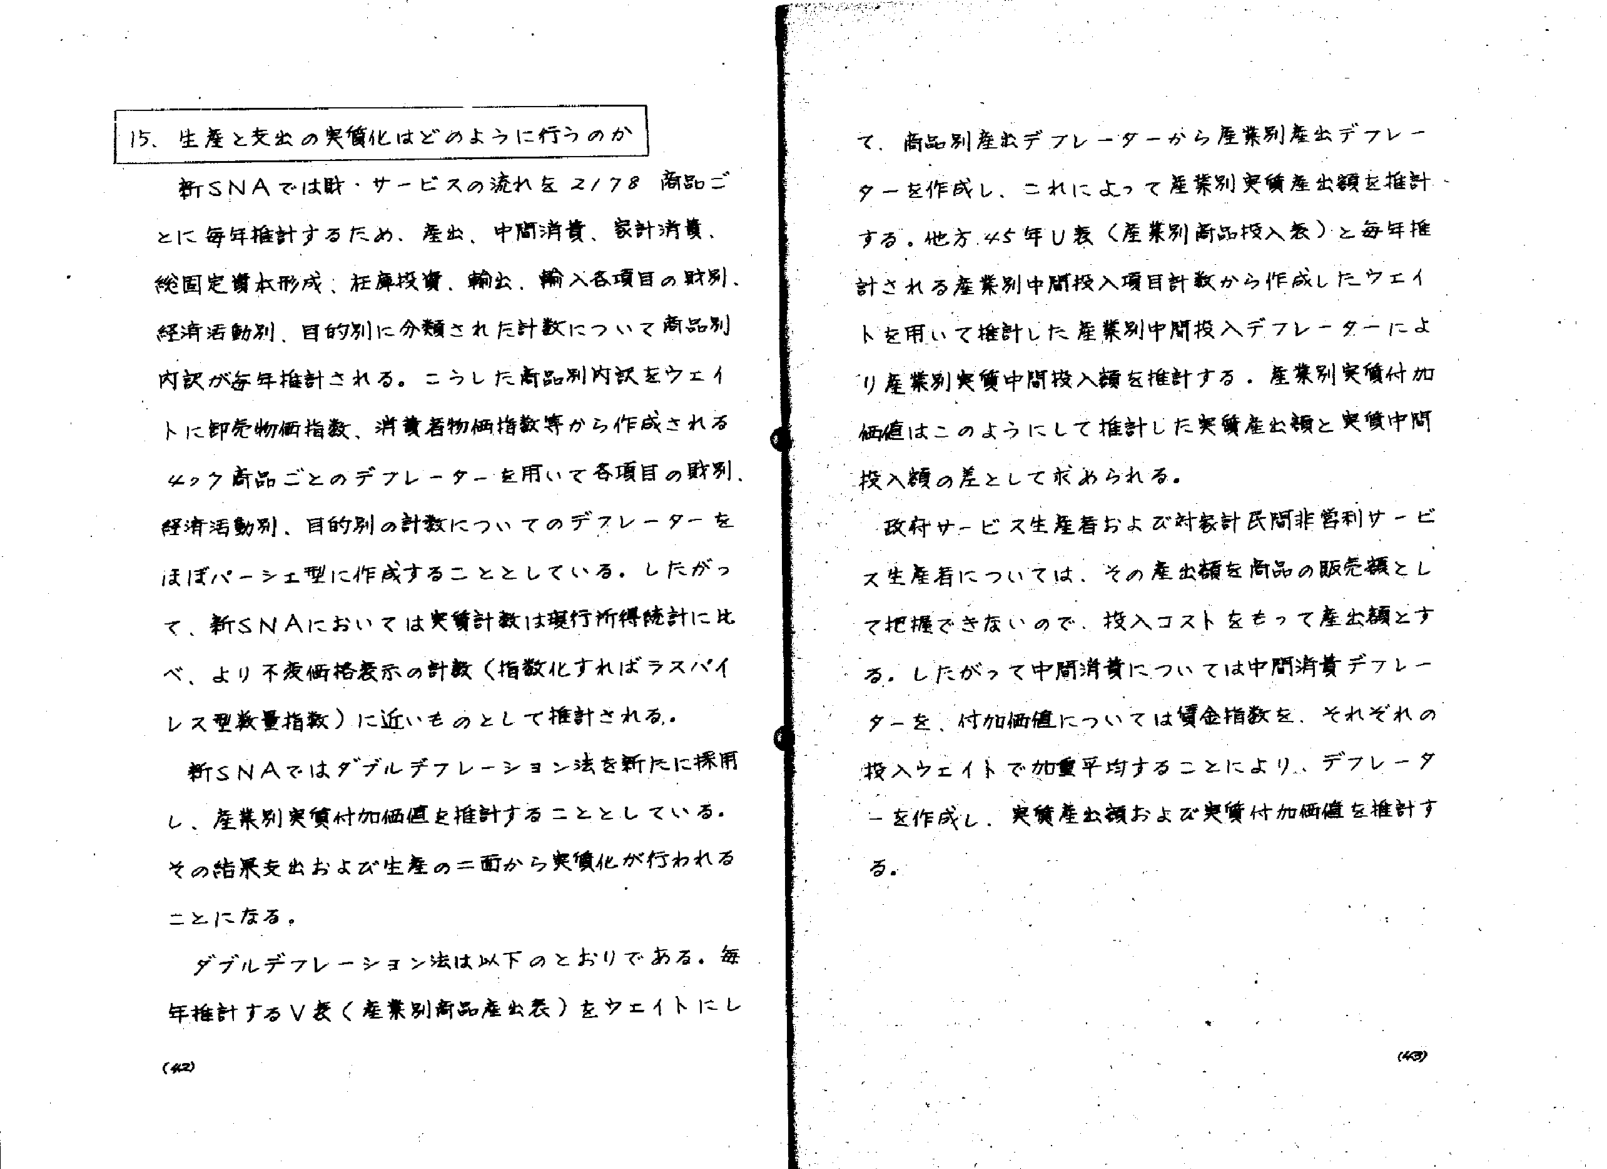
15. 生産と支出の実質化はどのように行うのか

新SNAでは財・サービスの流れを2178商品ごとに毎年推計するため、産出、中間消費、家計消費、総固定資本形成、在庫投資、輸出、輸入各項目の財別、経済活動別、目的別に分類された計数について商品別内訳が毎年推計される。こうした商品別内訳をウェイトに卸売物価指数、消費者物価指数等から作成される407商品ごとのデフレーターを用いて各項目の財別、経済活動別、目的別の計数についてのデフレーターをほぼパーシェ型に作成することとしている。したがって、新SNAにおいては実質計数は現行所得統計に比べ、より不変価格表示の計数（指数化すればラスパイレス型数量指数）に近いものとして推計される。

新SNAではダブルデフレーション法を新たに採用し、産業別実質付加価値を推計することとしている。その結果支出および生産の二面から実質化が行われることになる。

ダブルデフレーション法は以下のとおりである。毎年推計するV表（産業別商品産出表）をウェイトにして、商品別産出デフレーターから産業別産出デフレーターを作成し、これによって産業別実質産出額を推計する。他方、45年U表（産業別商品投入表）と毎年推計される産業別中間投入項目計数から作成したウェイトを用いて推計した産業別中間投入デフレーターにより産業別実質中間投入額を推計する。産業別実質付加価値はこのようにして推計した実質産出額と実質中間投入額の差として求められる。

政府サービス生産者および対象計民間非営利サービス生産者については、その産出額を商品の販売額として把握できないので、投入コストをもって産出額とする。したがって中間消費については中間消費デフレーターを、付加価値については賃金指数を、それぞれの投入ウェイトで加重平均することにより、デフレーターを作成し、実質産出額および実質付加価値を推計する。

(42)